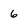
Character: 6